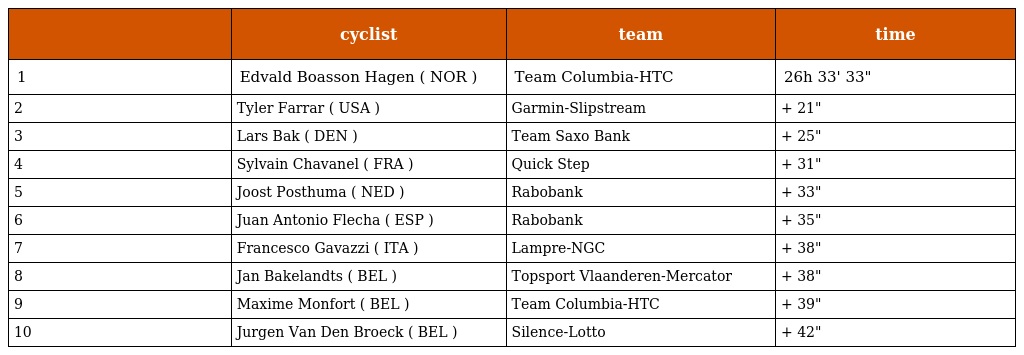
|  | cyclist | team | time |
 | --- | --- | --- | --- |
 | 1 | Edvald Boasson Hagen ( NOR ) | Team Columbia-HTC | 26h 33' 33" |
 | 2 | Tyler Farrar ( USA ) | Garmin-Slipstream | + 21" |
 | 3 | Lars Bak ( DEN ) | Team Saxo Bank | + 25" |
 | 4 | Sylvain Chavanel ( FRA ) | Quick Step | + 31" |
 | 5 | Joost Posthuma ( NED ) | Rabobank | + 33" |
 | 6 | Juan Antonio Flecha ( ESP ) | Rabobank | + 35" |
 | 7 | Francesco Gavazzi ( ITA ) | Lampre-NGC | + 38" |
 | 8 | Jan Bakelandts ( BEL ) | Topsport Vlaanderen-Mercator | + 38" |
 | 9 | Maxime Monfort ( BEL ) | Team Columbia-HTC | + 39" |
 | 10 | Jurgen Van Den Broeck ( BEL ) | Silence-Lotto | + 42" |